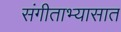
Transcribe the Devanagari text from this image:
संगीताभ्यासात